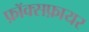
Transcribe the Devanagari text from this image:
फ़ॉक्सफ़ायर